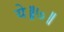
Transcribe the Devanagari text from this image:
ये॥७॥